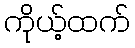
ကိုယ့်ထက်